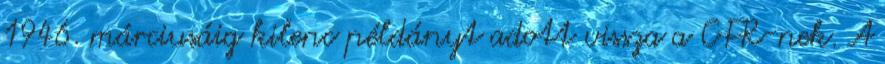
1946. márciusáig kilenc példányt adott vissza a CFR-nek. A